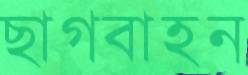
ছাগবাহন